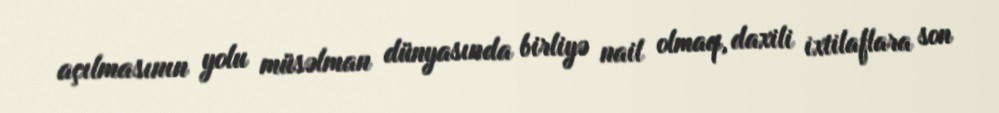
açılmasının yolu müsəlman dünyasında birliyə nail olmaq, daxili ixtilaflara son